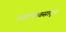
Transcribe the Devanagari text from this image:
उन्हापावसातून